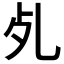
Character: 𣦷